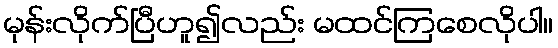
မုန်းလိုက်ပြီဟူ၍လည်း မထင်ကြစေလိုပါ။